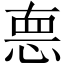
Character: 㥁